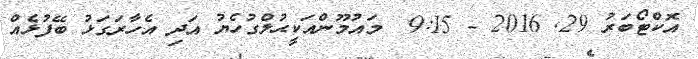
އޮކްޓޯބަރު 29